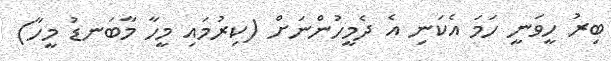
ބިރު ހީވަނީ ހަމަ އެކަނި އެ ދެމީހުންނަށް (ކިރުމައި މީހާ މާބަނޑު މީހާ)